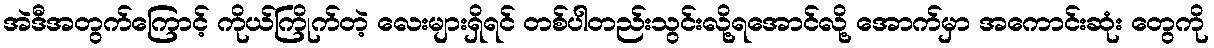
အဲဒီအတွက်ကြောင့် ကိုယ်ကြိုက်တဲ့ လေးများရှိရင် တစ်ပါတည်းသွင်းလို့ရအောင်လို့ အောက်မှာ အကောင်းဆုံး တွေကို